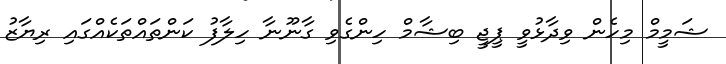
ޝަމީމް މިހެން ވިދާޅުވީ ޕީޖީ ބިޝާމް ހިންގެވި ގާނޫނާ ހިލާފު ކަންތައްތަކެއްގައި ރިޔާޒު